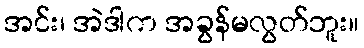
အင်း၊ အဲဒါက အခွန်မလွတ်ဘူး။